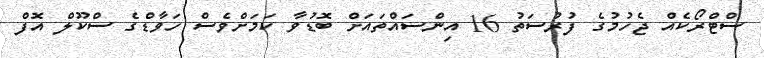
ސްޓްރޯކެއް ޖެހުމުގެ ފުރުސަތު 16 އިންސައްތައަށް ބޮޑުވާ ކަމަށްވެސް ހަވާޑްގެ ސްކޫލް އޮފް